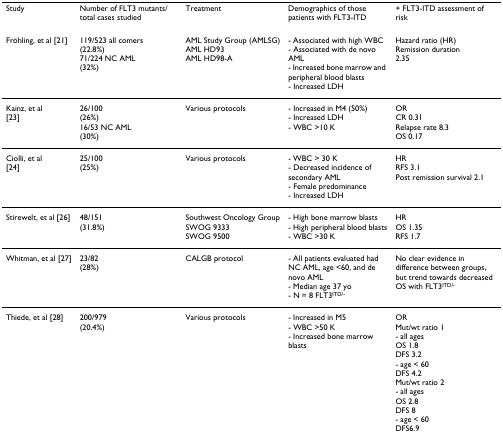
<table><thead><tr><td><b>Study</b></td><td><b>Number of FLT3 mutants/total cases studied</b></td><td><b>Treatment</b></td><td><b>Demographics of those patients with FLT3-ITD</b></td><td><b>+ FLT3-ITD assessment of risk</b></td></tr></thead><tbody><tr><td>Fröhling, et al [21]</td><td>119/523 all comers(22.8%)71/224 NC AML(32%)</td><td>AML Study Group (AMLSG)AML HD93AML HD98-A</td><td>- Associated with high WBC- Associated with de novo AML- Increased bone marrow and peripheral blood blasts- Increased LDH</td><td>Hazard ratio (HR)Remission duration2.35</td></tr><tr><td>Kainz, et al[23]</td><td>26/100(26%)16/53 NC AML(30%)</td><td>Various protocols</td><td>- Increased in M4 (50%)- Increased LDH- WBC &gt;10 K</td><td>ORCR 0.31Relapse rate 8.3OS 0.17</td></tr><tr><td>Ciolli, et al[24]</td><td>25/100(25%)</td><td>Various protocols</td><td>- WBC &gt; 30 K- Decreased incidence of secondary AML- Female predominance- Increased LDH</td><td>HRRFS 3.1Post remission survival 2.1</td></tr><tr><td>Stirewelt, et al [26]</td><td>48/151(31.8%)</td><td>Southwest Oncology GroupSWOG 9333SWOG 9500</td><td>- High bone marrow blasts- High peripheral blood blasts- WBC &gt;30 K</td><td>HROS 1.35RFS 1.7</td></tr><tr><td>Whitman, et al [27]</td><td>23/82(28%)</td><td>CALGB protocol</td><td>- All patients evaluated had NC AML, age &lt;60, and de novo AML- Median age 37 yo- N = 8 FLT3<sup>ITD/-</sup></td><td>No clear evidence in difference between groups, but trend towards decreased OS with FLT3<sup>ITD/-</sup></td></tr><tr><td>Thiede, et al [28]</td><td>200/979(20.4%)</td><td>Various protocols</td><td>- Increased in M5- WBC &gt;50 K- Increased bone marrow blasts</td><td>ORMut/wt ratio 1- all agesOS 1.8DFS 3.2- age &lt; 60DFS 4.2Mut/wt ratio 2- all agesOS 2.8DFS 8- age &lt; 60DFS6.9</td></tr></tbody></table>